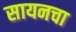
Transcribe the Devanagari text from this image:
सायनचा